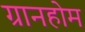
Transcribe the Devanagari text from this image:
ग्रानहोम